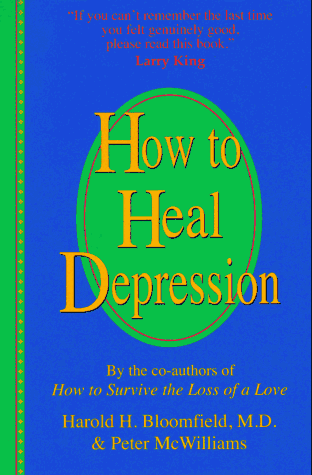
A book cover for How to Heal Depression; Harold H. Bloomfield; Health, Fitness & Dieting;